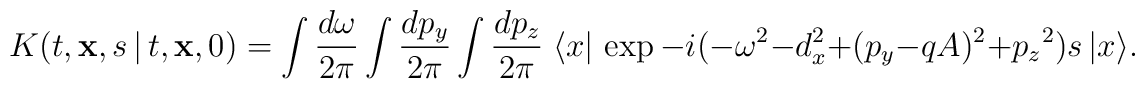
K(t, {\bf x}, s\,\vert\, t, {\bf x}, 0) =\int {d\omega \over 2\pi} \int {dp_{y} \over 2\pi}\int {dp_{z} \over 2\pi}\; \langle x\vert\, \exp -i(-\omega^2-d_{x}^2+(p_{y}-qA)^2+{p_{z}}^2)s\, \vert x \rangle.